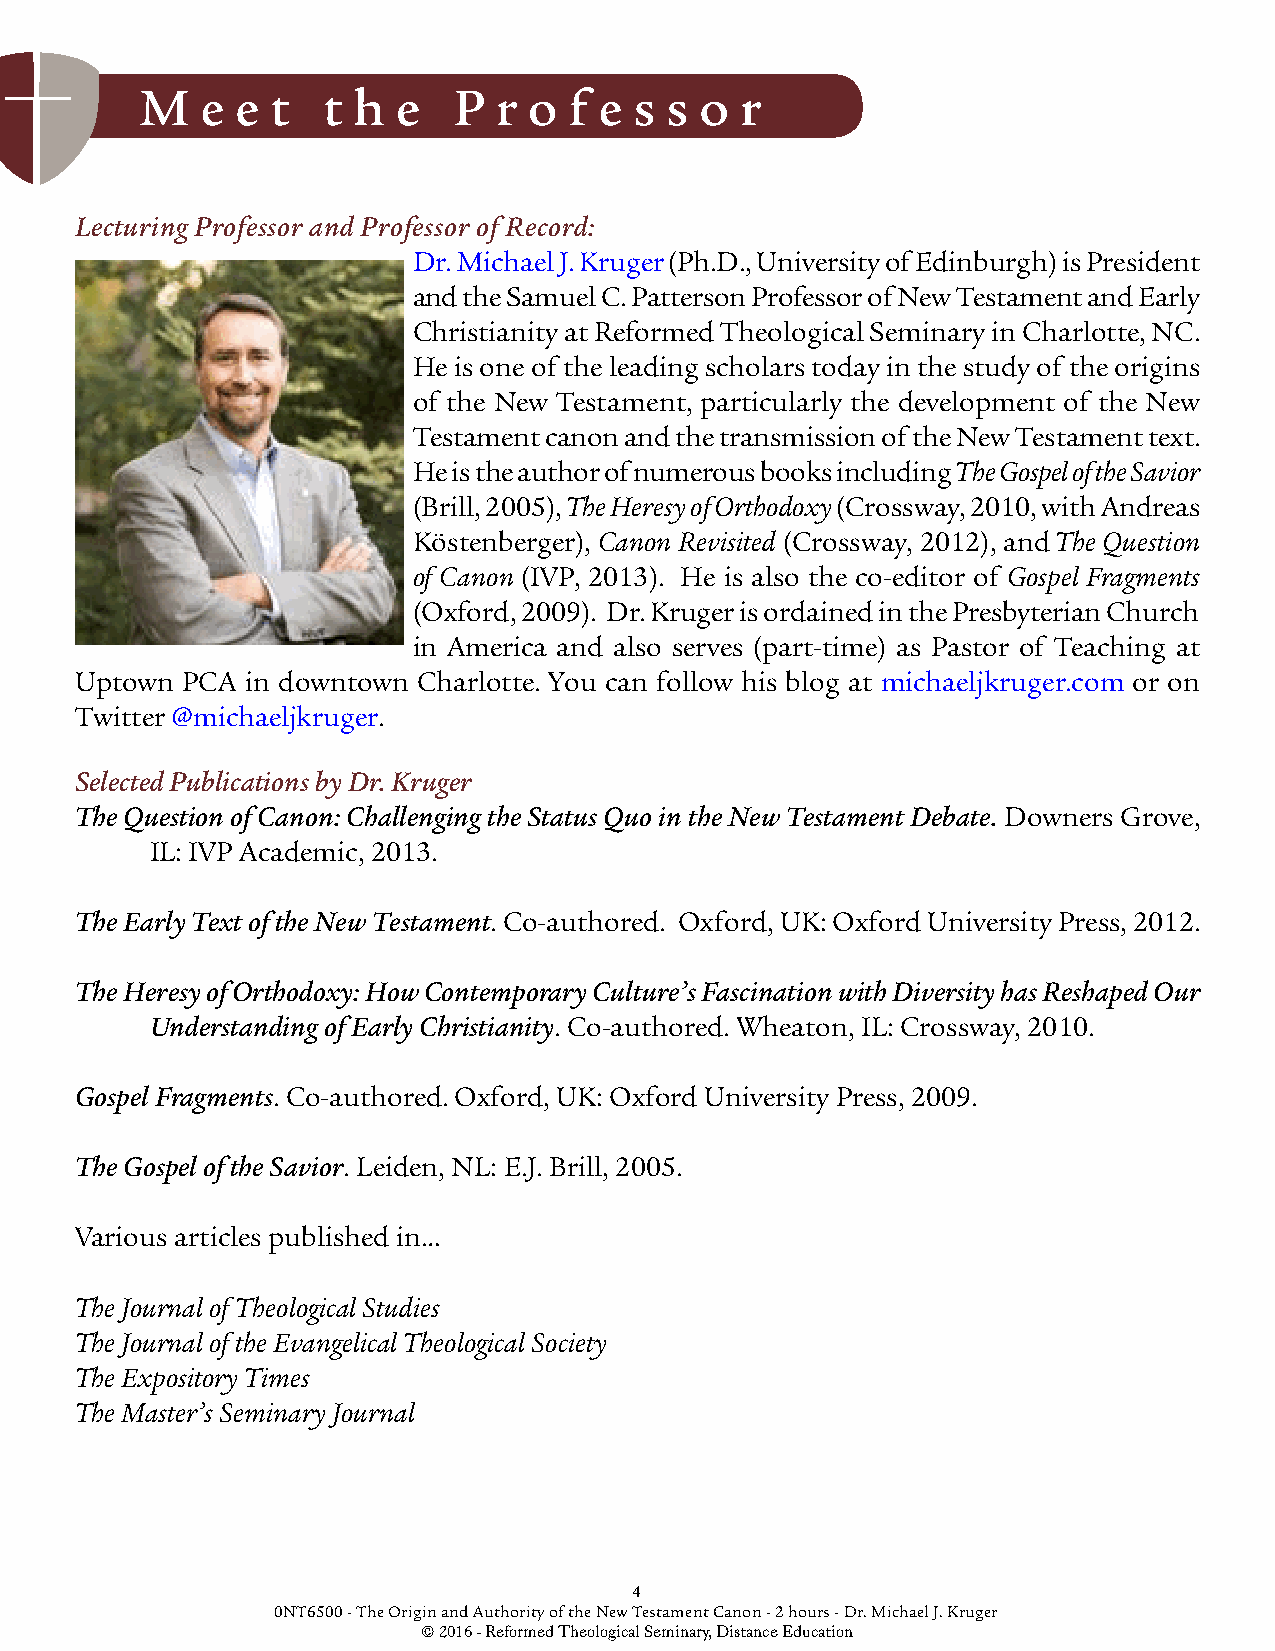
M   e  e t  t h  e   P  r o  f e s s o  r
 Lecturing Professor and Professor of Record:
 Dr. Michael J. Kruger (Ph.D., University of Edinburgh) is President
 and the Samuel C. Patterson Professor of New Testament and Early
 Christianity at Reformed Theological Seminary in Charlotte, NC.
 He is one of the leading scholars today in the study of the origins
 of the New Testament, particularly the development of the New
 Testament canon and the transmission of the New Testament text.
 He is the author of numerous books including The Gospel of the Savior
 (Brill, 2005), The Heresy of Orthodoxy (Crossway, 2010, with Andreas
 Köstenberger), Canon Revisited (Crossway, 2012), and The Question
 of Canon (IVP, 2013). He is also the co-editor of Gospel Fragments
 (Oxford, 2009). Dr. Kruger is ordained in the Presbyterian Church
 in America and also serves (part-time) as Pastor of Teaching at
 Uptown PCA in downtown Charlotte. You can follow his blog at michaeljkruger.com or on
 Twitter @michaeljkruger.
 Selected Publications by Dr. Kruger
 The Question of Canon: Challenging the Status Quo in the New Testament Debate. Downers Grove,
 IL: IVP Academic, 2013.
 The Early Text of the New Testament. Co-authored. Oxford, UK: Oxford University Press, 2012.
 The Heresy of Orthodoxy: How Contemporary Culture’s Fascination with Diversity has Reshaped Our
 Understanding of Early Christianity. Co-authored. Wheaton, IL: Crossway, 2010.
 Gospel Fragments. Co-authored. Oxford, UK: Oxford University Press, 2009.
 The Gospel of the Savior. Leiden, NL: E.J. Brill, 2005.
 Various articles published in…
 The Journal of Theological Studies
 The Journal of the Evangelical Theological Society
 The Expository Times
 The Master’s Seminary Journal
 4
 0NT6500 - The Origin and Authority of the New Testament Canon - 2 hours - Dr. Michael J. Kruger
 © 2016 - Reformed Theological Seminary, Distance Education